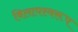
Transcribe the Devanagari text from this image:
विलापस्वरूप